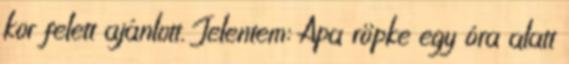
kor felett ajánlott. Jelentem: Apa röpke egy óra alatt